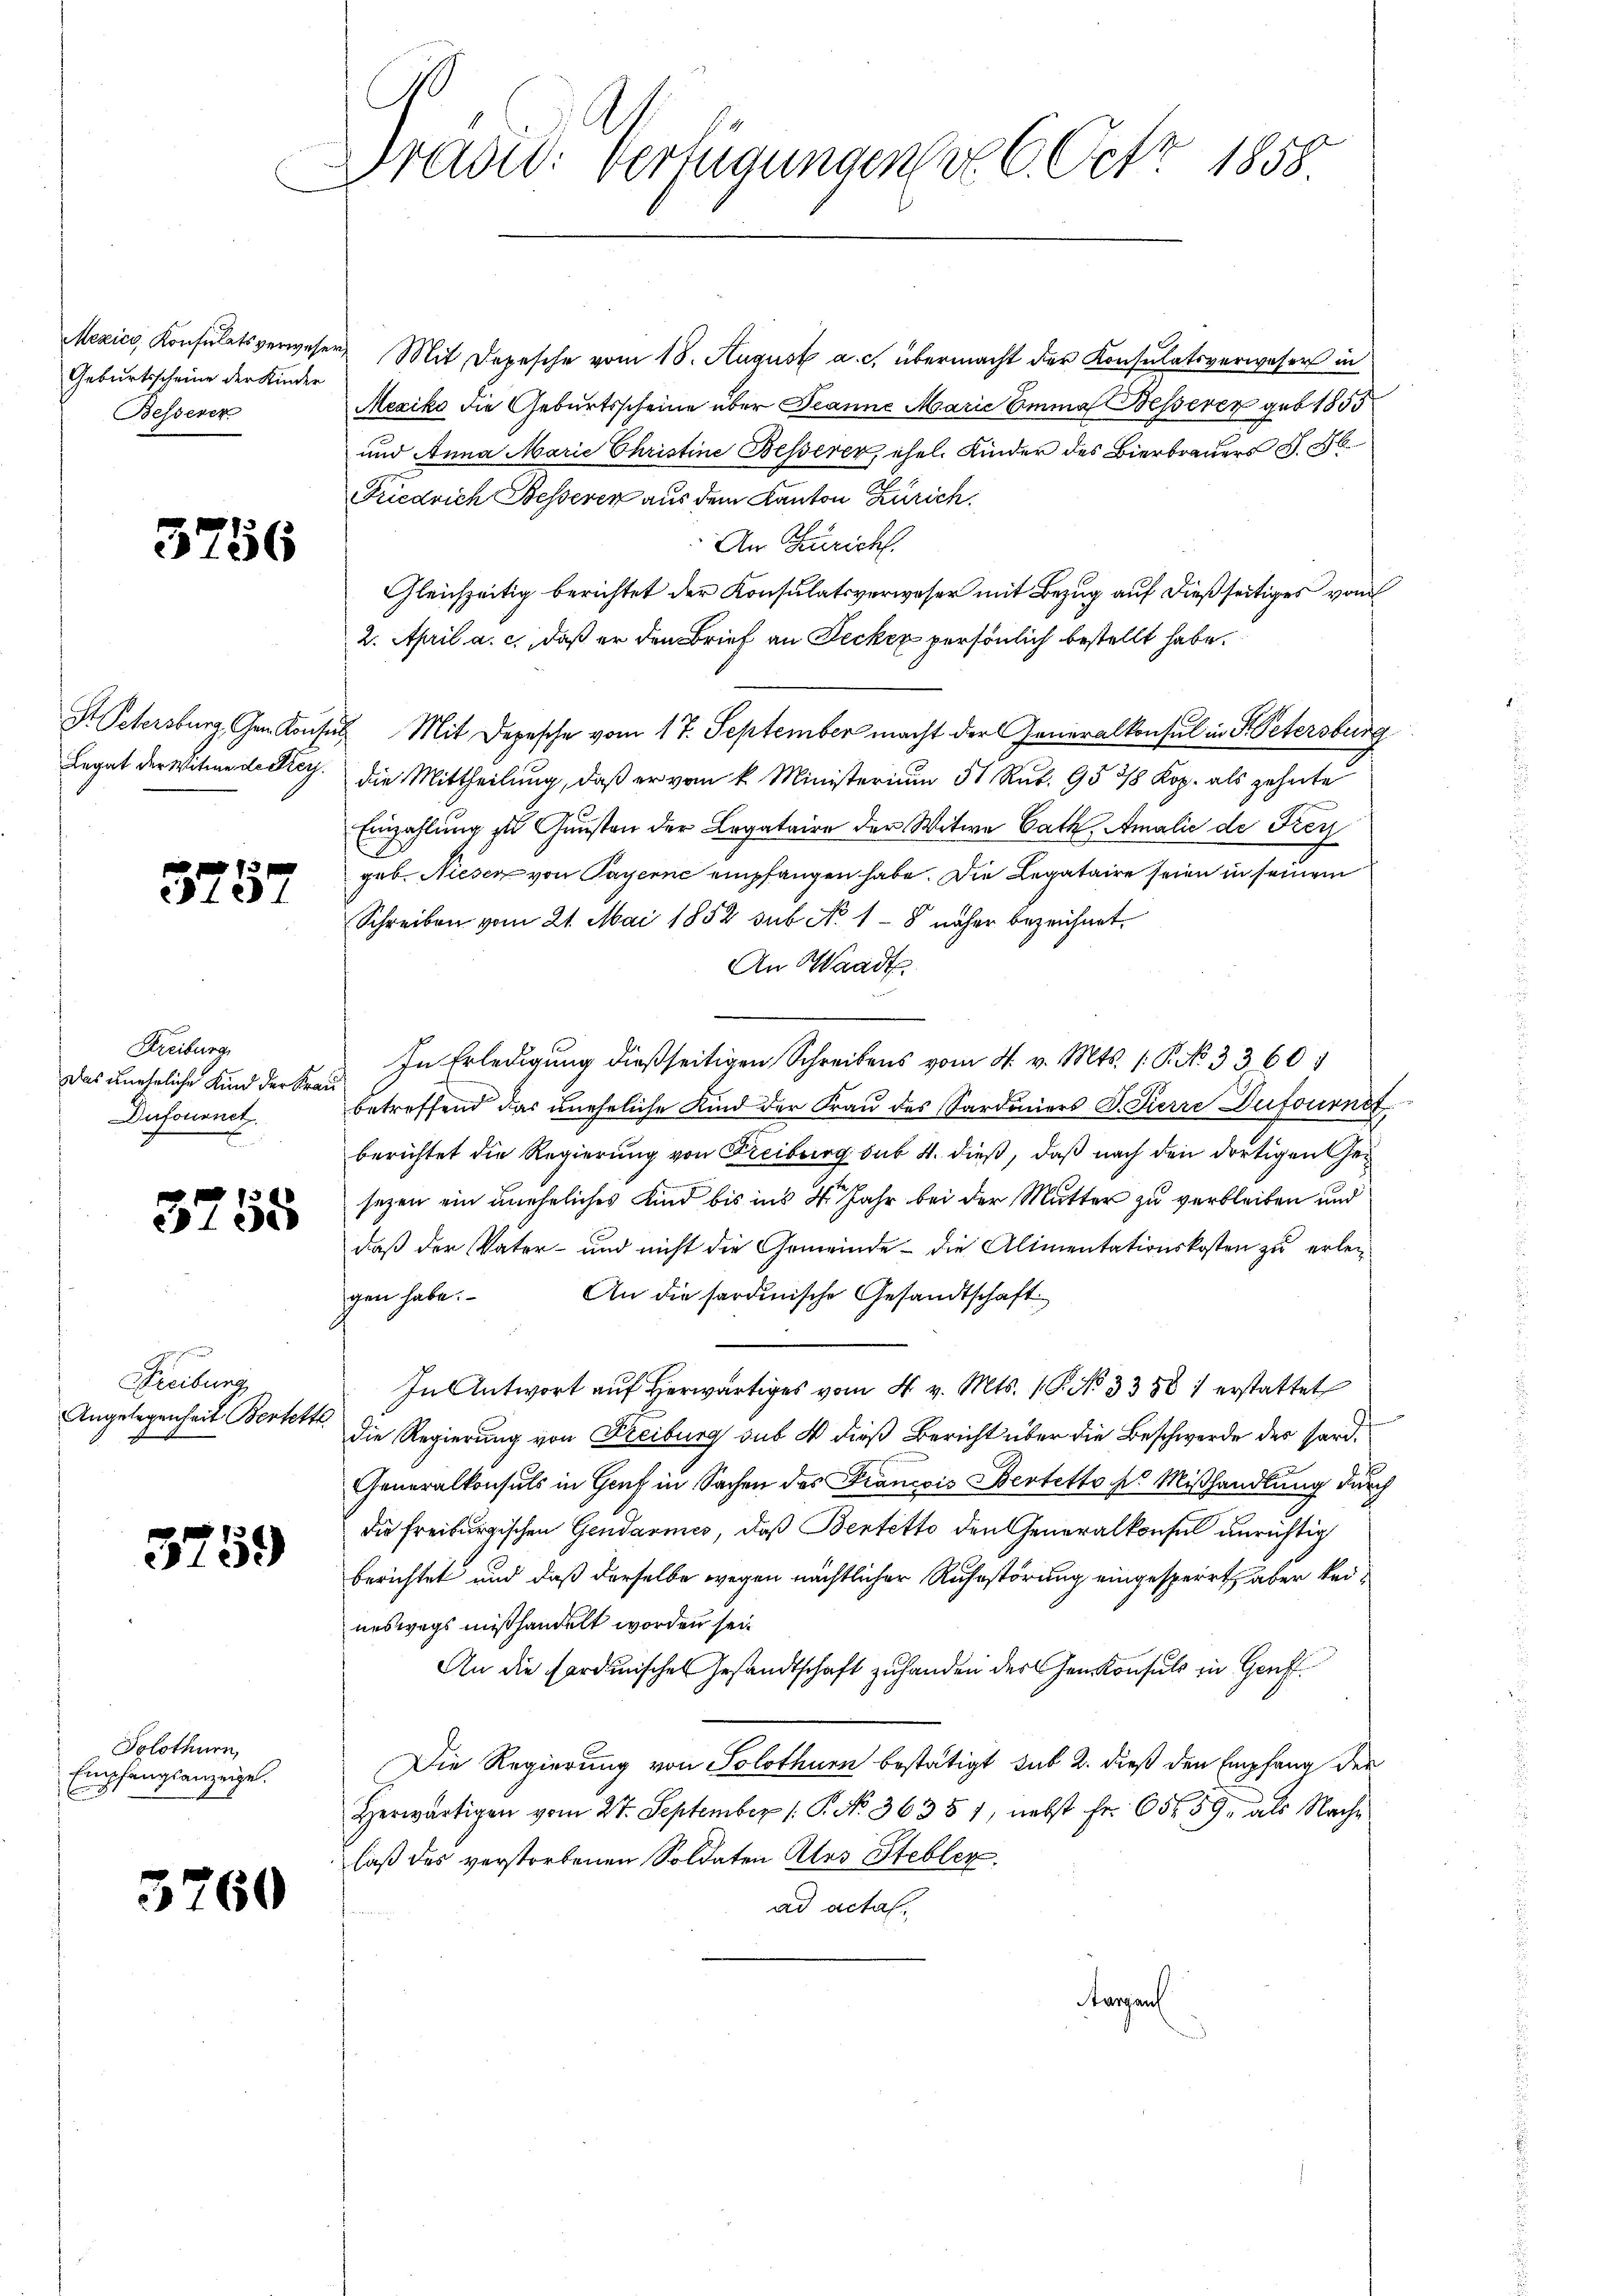
Geburtsscheine der Kinder
Besserer

3756

Legat der Witwe de Frey.

3757

Freiburg
Das uneheliche Kind der Frau
Dirfournet

lee

Freiburg,
Angelegenheit Bestette

3759

Solothurn,
Empfangsanzeige.

5260

Dradid: Verfügungen v. 6. Oct. 1858.

Mexico, Konsulatsverweser Mit Depesche vom 18. August a. c. übermacht der Konsulatsverweser in
Mexiko die Geburtsscheine über Jeanne Marie Emma Besserer geb. 1855
und Anna Marie Christine Besserer, ehel. Kinder des Bierbrauers S. 86
Friedrich Besserer aus dem Kanton Zürich
An Zürich
Gleichzeitig berichtet der Konsulatsverweser mit Bezug auf dießseitiges vom
2. April a. c., daß er den Brief an Decker persönlich bestellt habe.
St Petersburg, Gem. Konsus Mit Depesche vom 17. September macht der Generalkonsul in Fr. Petersburg
die Mittheilung, daß er vom k. Ministerium 31. Rub. 95 28 Kop. als geheite
Einzahlung zu Gunsten der Legataire der Witwe Cath, Amalie de Frey
geb. Niesen von Payerne empfangen habe. Die Legataire seien in seinem
Schreiben vom 21. Mai 1852 sub No 1 - 8 näher bezeichnet.
An Waadt.
In Erledigung dießseitigen Schreibens vom 4. v. Mts. 1. P. No 3360
betreffend das uneheliche Kind der Frau des Sardauers J. Zierre Dufournst
berichtet die Regierung von Freiburg sub 4. dieß, daß nach den dortigen ei
sezen ein uneheliches Kind bis ins 4 Jahr bei der Mutter zu verbleiben und
daß der Vater- und nicht die Gemeinde - die Alimentationskosten zu erlei¬
An die sardinische Gesandtschaft
gen habe.
In Antwort aŭf herwärtiges vom 4. v. Mts. 1. No 3388 1 erstattet
die Regierung von Freiburg sus 4 dieß Bericht über die Beschwerde des Hard¬
Generalkonsuls in Genf in Sachen des Francois Bestetto des Mißhandlung durch
die Freiburgischen Gendarmes, daß Bentetto den Generalkonsul unrichtig
berichtet und daß derselbe wegen nächtlicher Ruhestörung eingesperrt, aber keineswegs mißhandelt worden sei.
An die Fordinisches Gesandtschaft zu handen der Genkonsuls in Genf
Die Regierung von Solothurn bestätigt, sub 2. dieß den Empfang der
Herwärtigen vom 27. September 1. P. No. 36351, nebst Fr. 65659, als Nache
laß des verstorbenen Soldaten Ales Stebler.
ad actat
Aargau